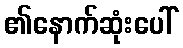
၏နောက်ဆုံးပေါ်